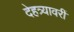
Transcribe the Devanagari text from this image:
देहत्र्यावरीं